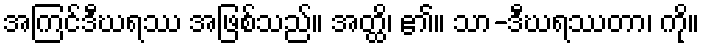
အကြင်ဒီဃရဿ အဖြစ်သည်။ အတ္ထိ၊ ၏။ သာ-ဒီဃရဿတာ၊ ကို။